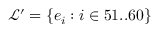
\mathcal { L } ^ { \prime } = \{ e _ { i } : i \in 5 1 . . 6 0 \}